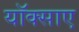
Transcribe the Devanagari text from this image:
यॉक्साए